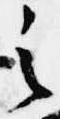
之